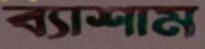
ব্যাশাম